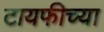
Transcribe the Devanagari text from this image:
टायफीच्या